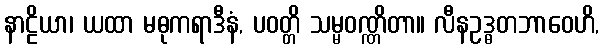
နာဠိယာ၊ ယထာ မဓုကရာဒီနံ, ပဝတ္တိ သမ္မဝဏ္ဏိတာ။ လီနဥဒ္ဓတဘာဝေဟိ,